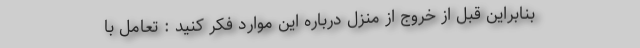
بنابراین قبل از خروج از منزل درباره این موارد فکر کنید : تعامل با